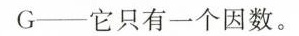
G──它只有一个因数。